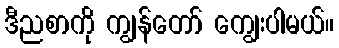
ဒီညစာကို ကျွန်တော် ကျွေးပါမယ်။